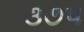
૩૭૫